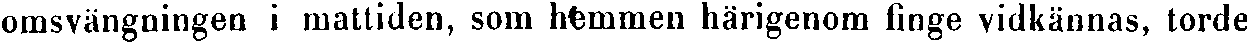
omsvängningen i mattiden, som hemmen härigenom finge vidkännas, torde